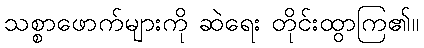
သစ္စာဖောက်များကို ဆဲရေး တိုင်းထွာကြ၏။